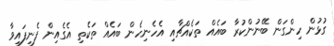
ގުޅުން ހިންގަން ބޭނުންކުރާ ބައެއް ތަކެއްޗާއި އެހެނިހެން ބައެއް ތަކެތި އެގެއިން ފެނިފައިވާ